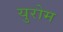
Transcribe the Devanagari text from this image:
युरोम